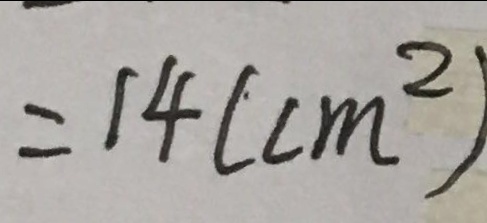
= 1 4 ( c m ^ { 2 } )